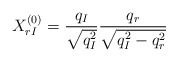
\begin{align*}X^{(0)}_{rI}=\frac{q_I}{\sqrt{q_I^2}}\frac{q_r}{\sqrt{q^2_I-q^2_r}}\end{align*}